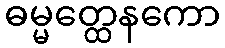
ဓမ္မတ္ထေနကော